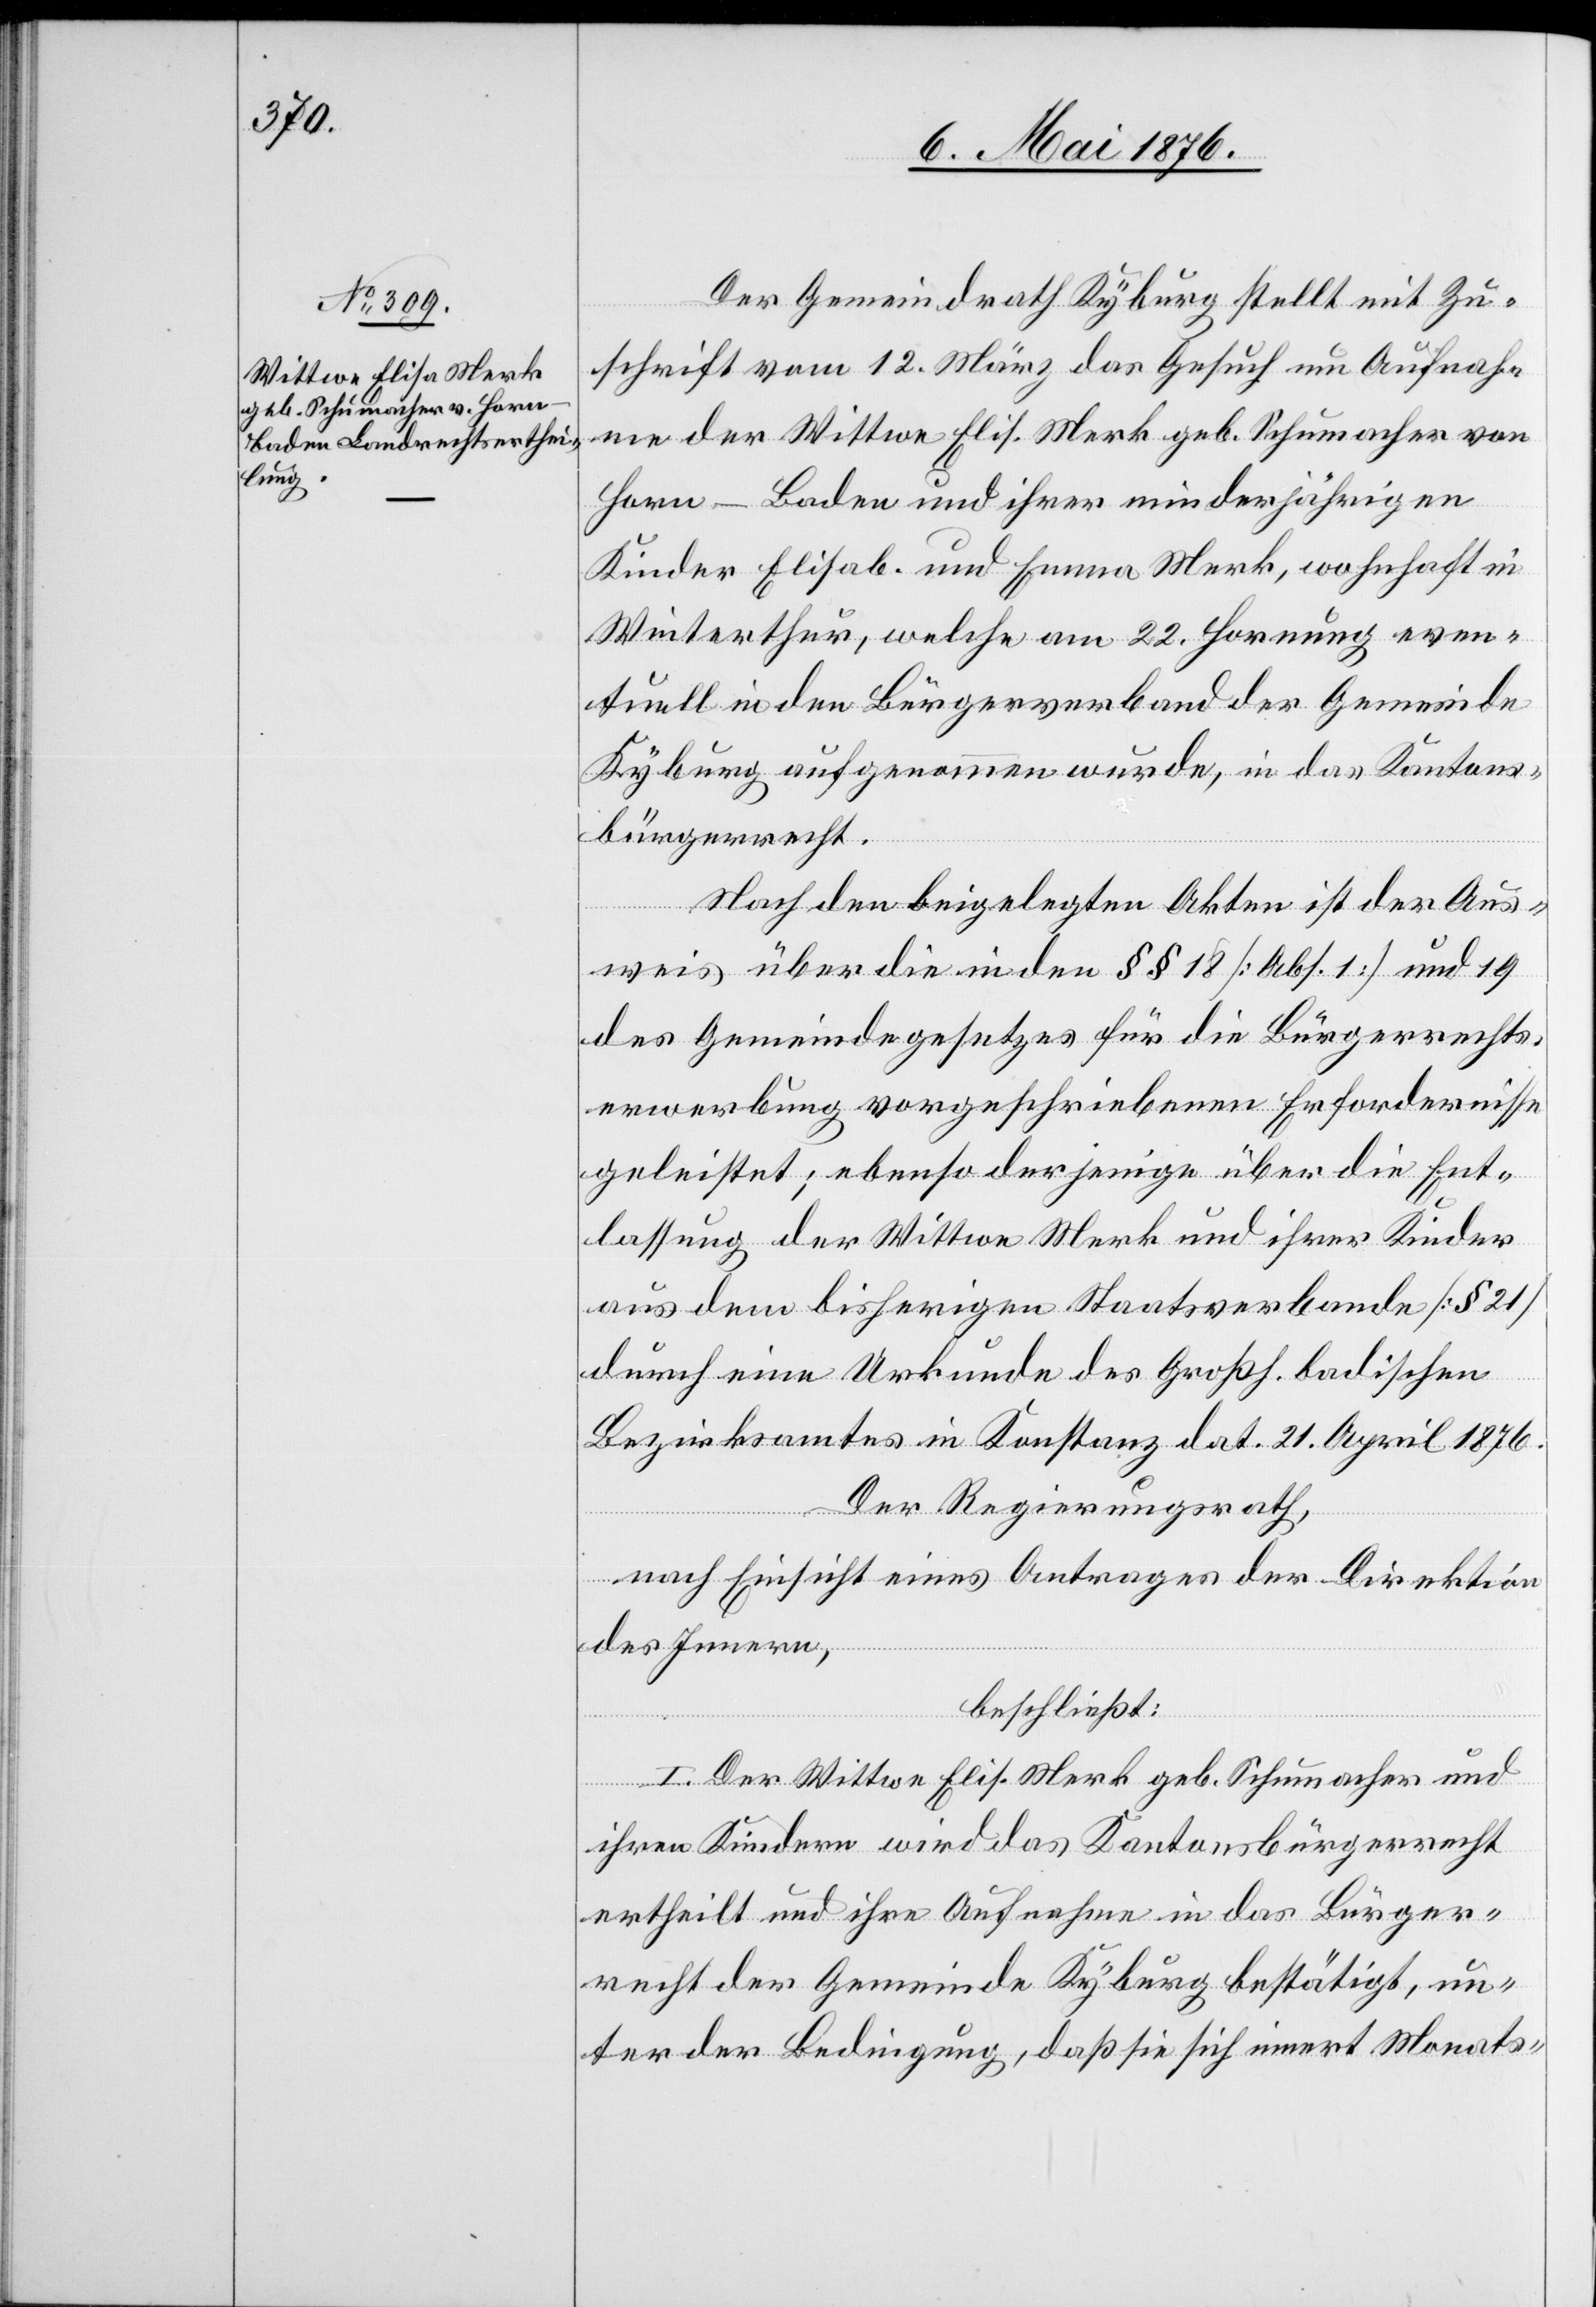
Der Gemeindrath Kyburg stellt mit Zu¬
schrift vom 12. März das Gesuch um Aufnah¬
me der Wittwe Elis. Mark geb. Schumacher von
Horn - Baden und ihrer minderjährigen
Kinder Elisab. und Emma Mark, wohnhaft in
Winterthur, welche am 22. Hornung even¬
tuell in den Bürgerverband der Gemeinde
Kyburg aufgenommen wurde, in das Kantons¬
bürgerrecht.
Nach den beigelegten Akten ist der Aus¬
weis über die in den §§ 18 [Abs. 1] und 19
des Gemeindegesetzes für die Bürgerrechts¬
erwerbung vorgeschriebenen Erfordernisse
geleistet; ebenso derjenige über die Ent¬
lassung der Wittwe Mark und ihrer Kinder
aus dem bisherigen Staatsverbande [§ 21]
durch eine Urkunde des Großh. badischen
Bezirksamtes in Konstanz dat. 21. April 1876.
Der Regierungsrath,
nach Einsicht eines Antrages der Direktion
des Innern,
beschließt:
I. Der Wittwe Elis. Mark geb. Schumacher und
ihren Kindern wird das Kantonsbürgerrecht
ertheilt und ihre Aufnahme in das Bürger¬
recht der Gemeinde Kyburg bestätigt, un¬
ter der Bedingung, daß sie sich innert Monats-